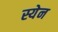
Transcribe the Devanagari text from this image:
स्येन